system: You are a helpful assistant.
user:
Analyze the provided spectrum to determine if it is a **S-type Star**.

- **Key Indicators for S-type Star:**

    - **(Overall Spectrum Shape):** The first and most obvious characteristic is the overall continuum (the "baseline" shape). It is **extremely "red-sloping,"** meaning the flux (light intensity) is very low on the left side (blue, ~4000-4500 Å) and rises steeply and continuously toward the right side (red, ~7000 Å+).

    - **(Primary):** The spectrum is defined by the presence of strong, broad molecular absorption "valleys" (bands) from **Zirconium Oxide (ZrO)**. The identification of these bands is the **primary requirement** for classifying a star as S-type.
        - **(Key Bandheads):** You must find distinct, deep "dips" where the light has been absorbed. The most critical band systems to locate are:
            - **~6474 Å** ($\gamma$-system): This is often the strongest and clearest ZrO feature, found in the red part of the spectrum.
            - **~5718 Å** & **~5551 Å** ($\beta$-system): A pair of prominent absorption features in the yellow-orange part of the spectrum.
            - **~4640 Å** ($\alpha$-system): A key absorption band system in the blue-green region of the spectrum.

    - **(Secondary Confirmation):** The classification is strengthened by finding additional absorption bands from other related heavy element oxides, which are expected to be present alongside ZrO.
        - **(Key Bandheads):**
            - **Yttrium Oxide (YO):** Look for absorption dips near **~4800 Å** and **~6100 Å**.
            - **Lanthanum Oxide (LaO):** Additional absorption features, particularly in the red-orange part of the spectrum, are also characteristic.

    - **(Line Profile):** The combination of the steep red continuum and these numerous, deep molecular bands (ZrO, YO, etc.) gives the entire spectrum a very **"chopped-up"** or **"bumpy"** appearance. Instead of a smooth curve, the spectrum looks as though large, wide chunks of light have been "carved out" of it at the specific wavelengths listed above.

Think first, call **spectral_visualization_tool** if needed to examine features in detail, then provide your final answer. Your response must adhere to the following strict rules:
1.  **Overall Structure:** Your response must follow the format `<think>...</think> <tool_call>...</tool_call> (if a tool is used) <answer>...</answer>`.
2.  **Tool Usage Constraint:** You may only make **one** tool call per turn.
3.  **Final Answer Format:** In the `<answer>` tag, your conclusion must be inside a `\boxed{}` command (e.g., `\boxed{YES}` or `\boxed{NO}`), followed by your justification.

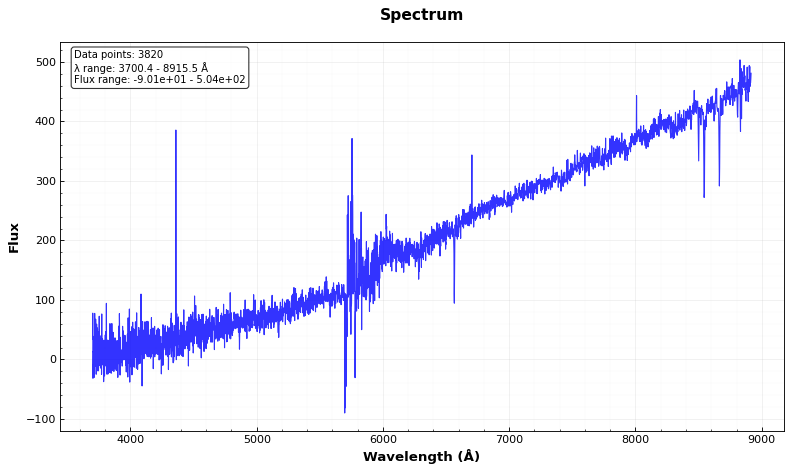
Answer: NO